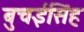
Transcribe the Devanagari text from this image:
बुचईसिंह